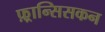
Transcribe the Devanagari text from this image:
फ़्रान्सिसकन